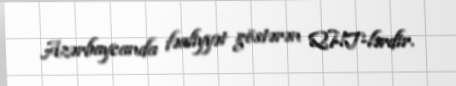
Azərbaycanda fəaliyyət göstərən QHT-lərdir.